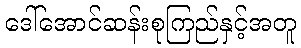
ဒေါ်အောင်ဆန်းစုကြည်နှင့်အတူ